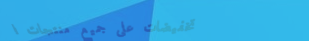
تخفيضات على جميع منتجات ا